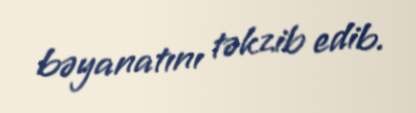
bəyanatını təkzib edib.